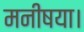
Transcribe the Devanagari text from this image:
मनीषया।